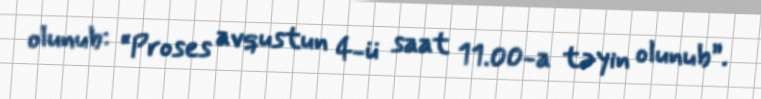
olunub: “Proses avqustun 4-ü saat 11.00-a təyin olunub”.